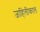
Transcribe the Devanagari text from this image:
जाहिलीकाल